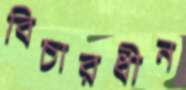
বিচারধীন